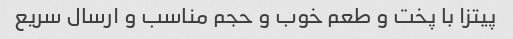
پیتزا با پخت و طعم خوب و حجم مناسب و ارسال سریع